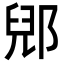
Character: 郳